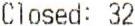
CLOSED: 32